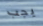
يجب